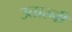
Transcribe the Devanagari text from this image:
उतारनी